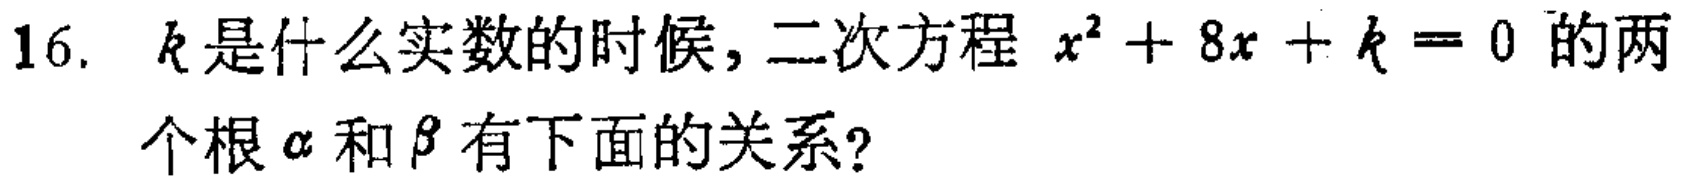
16. \(k\)是什么实数的时候，二次方程 \(x^{2}+8x + k = 0\) 的两个根 \(\alpha\) 和 \(\beta\) 有下面的关系？